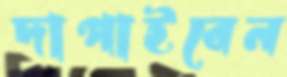
দাপাইবেন